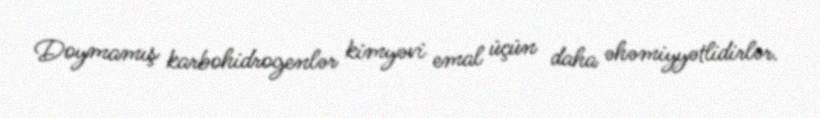
Doymamış karbohidrogenlər kimyəvi emal üçün daha əhəmiyyətlidirlər.